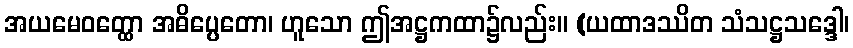
အယမေဝတ္ထော အဓိပ္ပေတော၊ ဟူသော ဤအဋ္ဌကထာ၌လည်း။ (ယထာဒဿိတ သံသဋ္ဌသဒ္ဒေါ၊